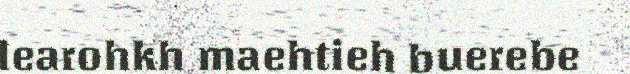
learohkh maehtieh buerebe